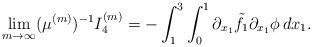
LaTeX: \begin{align*}\lim_{m\rightarrow\infty} (\mu^{(m)})^{-1}I_4^{(m)}=-\int_1^3 \int_0^1 \partial_{x_1}\tilde f_1\partial_{x_1}\phi\, dx_1.\end{align*}